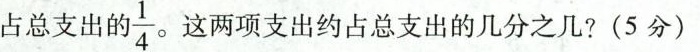
占总支出的 \frac{1}{4} 这两项支出约占总支出的几分之几?(5分)